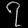
Digit: ၇